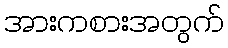
အားကစားအတွက်